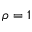
\rho = 1